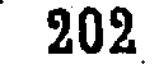
202